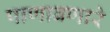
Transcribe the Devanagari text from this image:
पाणावणारे